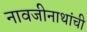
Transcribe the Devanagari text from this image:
नावजीनाथांची